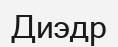
Диэдр